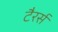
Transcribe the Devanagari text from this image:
टैरर्स